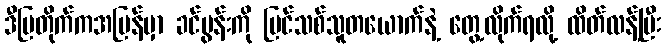
ဒီပြတိုက်ကအပြန်မှာ ခင်ပွန်းကို ပြင်သစ်သူတယောက်နဲ့ တွေ့လိုက်ရလို့ ထိတ်လန့်ပြီး